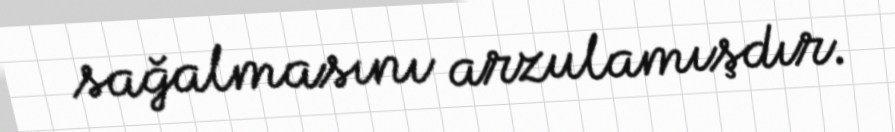
sağalmasını arzulamışdır.